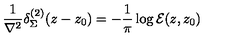
\frac 1 { \nabla ^ { 2 } } \delta _ { \Sigma } ^ { ( 2 ) } ( z - z _ { 0 } ) = - \frac 1 \pi \log { \cal E } ( z , z _ { 0 } )